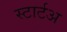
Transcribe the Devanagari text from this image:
स्टार्टअ